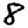
Digit: 8